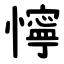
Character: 懧